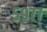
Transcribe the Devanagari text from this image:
५९७७